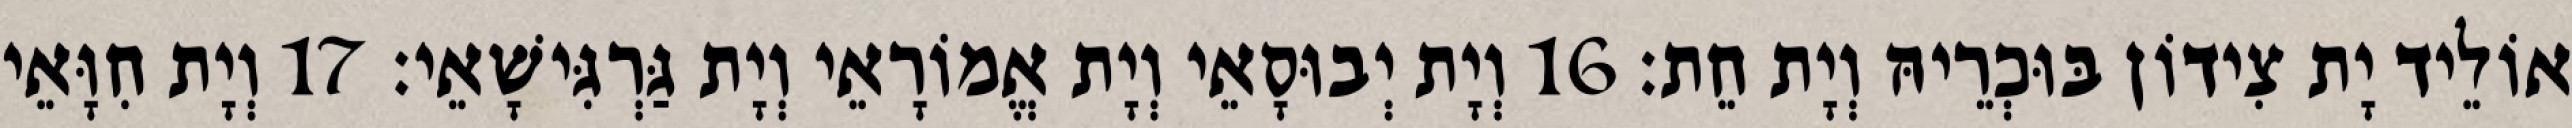
אוֹלֵיד יָת צִידוֹן בּוּכְרֵיהּ וְיָת חֵת׃ 16 וְיָת יְבוּסָאֵי וְיָת אֱמוֹרָאֵי וְיָת גַּרְגִּישָׁאֵי׃ 17 וְיָת חִוָּאֵי